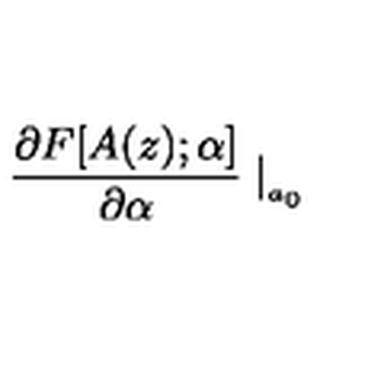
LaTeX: \frac { \partial F [ A ( z ) ; \alpha ] } { \partial \alpha } \mid _ { _ { a _ { 0 } } }